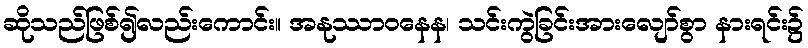
ဆိုသည်ဖြစ်၍လည်းကောင်း။ အနုဿာဝနေန၊ သင်းကွဲခြင်းအားလျော်စွာ နားရင်း၌